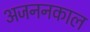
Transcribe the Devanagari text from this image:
अजननकाल